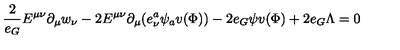
\frac { 2 } { e _ { G } } E ^ { \mu \nu } \partial _ { \mu } w _ { \nu } - 2 E ^ { \mu \nu } \partial _ { \mu } ( e _ { \nu } ^ { a } \psi _ { a } v ( \Phi ) ) - 2 e _ { G } \psi v ( \Phi ) + 2 e _ { G } \Lambda = 0